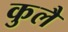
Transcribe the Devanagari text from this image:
कुलै